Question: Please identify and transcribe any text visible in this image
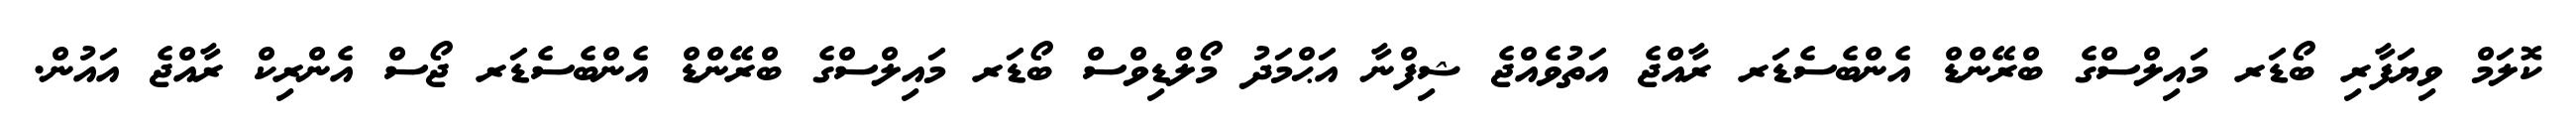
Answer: ކޮލަމް ވިޔަފާރި ބޯޑަރ މައިލްސްގެ ބްރޭންޑް އެންބެސެޑަރ ރާއްޖެ އަތުވެއްޖެ ޝިފްނާ އަޙްމަދު މޯލްޑިވްސް ބޯޑަރ މައިލްސްގެ ބްރޭންޑް އެންބެސެޑަރ ޖޯސް އެންރިކް ރާއްޖެ އައުން.